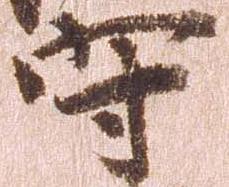
守